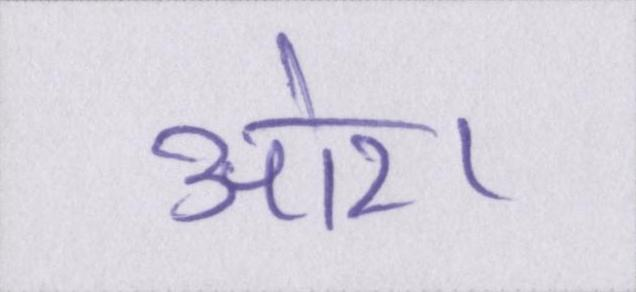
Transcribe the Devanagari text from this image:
ओर।